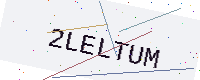
Text: 2LELTUM